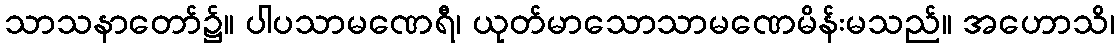
သာသနာတော်၌။ ပါပသာမဏေရီ၊ ယုတ်မာသောသာမဏေမိန်းမသည်။ အဟောသိ၊